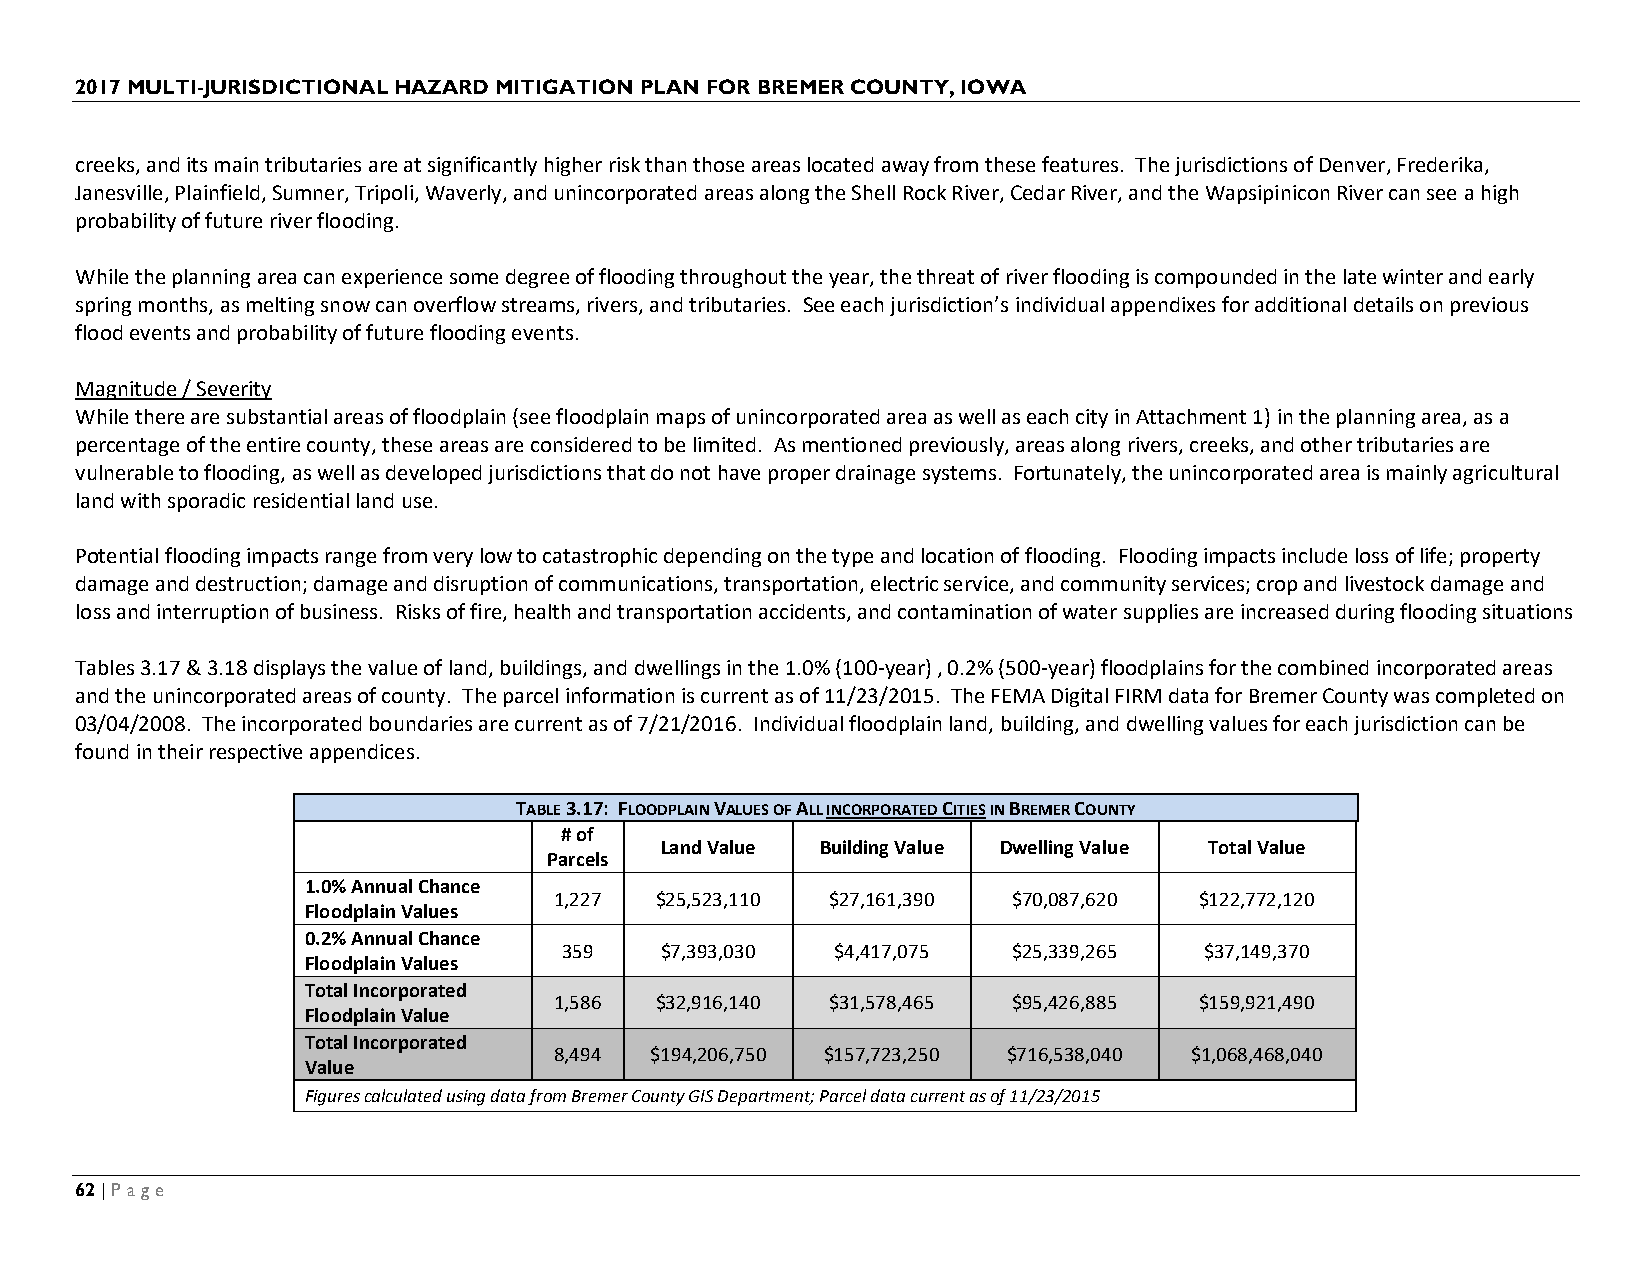
2017 MULTI-JURISDICTIONAL HAZARD MITIGATION PLAN FOR BREMER COUNTY, IOWA
 creeks, and its main tributaries are at significantly higher risk than those areas located away from these features. The jurisdictions of Denver, Frederika,
 Janesville, Plainfield, Sumner, Tripoli, Waverly, and unincorporated areas along the Shell Rock River, Cedar River, and the Wapsipinicon River can see a high
 probability of future river flooding.
 While the planning area can experience some degree of flooding throughout the year, the threat of river flooding is compounded in the late winter and early
 spring months, as melting snow can overflow streams, rivers, and tributaries. See each jurisdiction’s individual appendixes for additional details on previous
 flood events and probability of future flooding events.
 Magnitude / Severity
 While there are substantial areas of floodplain (see floodplain maps of unincorporated area as well as each city in Attachment 1) in the planning area, as a
 percentage of the entire county, these areas are considered to be limited. As mentioned previously, areas along rivers, creeks, and other tributaries are
 vulnerable to flooding, as well as developed jurisdictions that do not have proper drainage systems. Fortunately, the unincorporated area is mainly agricultural
 land with sporadic residential land use.
 Potential flooding impacts range from very low to catastrophic depending on the type and location of flooding. Flooding impacts include loss of life; property
 damage and destruction; damage and disruption of communications, transportation, electric service, and community services; crop and livestock damage and
 loss and interruption of business. Risks of fire, health and transportation accidents, and contamination of water supplies are increased during flooding situations
 Tables 3.17 & 3.18 displays the value of land, buildings, and dwellings in the 1.0% (100-year) , 0.2% (500-year) floodplains for the combined incorporated areas
 and the unincorporated areas of county. The parcel information is current as of 11/23/2015. The FEMA Digital FIRM data for Bremer County was completed on
 03/04/2008. The incorporated boundaries are current as of 7/21/2016. Individual floodplain land, building, and dwelling values for each jurisdiction can be
 found in their respective appendices.
 TABLE 3.17: FLOODPLAIN VALUES OF ALL INCORPORATED CITIES IN BREMER COUNTY
 # of
 Land Value Building Value Dwelling Value Total Value
 Parcels
 1.0% Annual Chance
 1,227 $25,523,110 $27,161,390 $70,087,620 $122,772,120
 Floodplain Values
 0.2% Annual Chance
 359    $7,393,030 $4,417,075  $25,339,265  $37,149,370
 Floodplain Values
 Total Incorporated
 1,586 $32,916,140 $31,578,465 $95,426,885 $159,921,490
 Floodplain Value
 Total Incorporated
 8,494 $194,206,750 $157,723,250 $716,538,040 $1,068,468,040
 Value
 Figures calculated using data from Bremer County GIS Department; Parcel data current as of 11/23/2015
 62 | Page